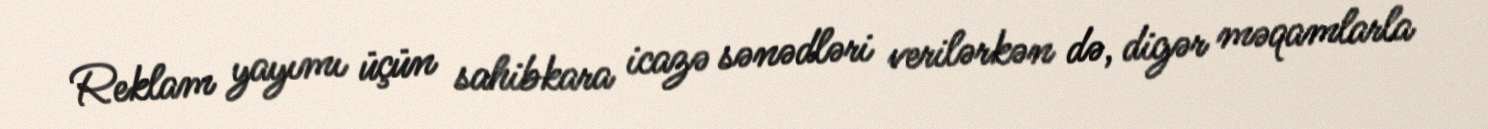
Reklam yayımı üçün sahibkara icazə sənədləri verilərkən də, digər məqamlarla